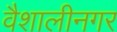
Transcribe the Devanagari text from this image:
वैशालीनगर